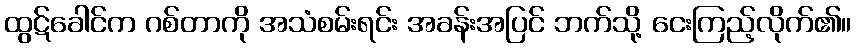
ထွဋ်ခေါင်က ဂစ်တာကို အသံစမ်းရင်း အခန်းအပြင် ဘက်သို့ ငေးကြည့်လိုက်၏။